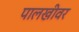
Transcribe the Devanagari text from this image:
पालखीवर